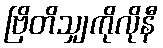
ဗြိတိသျှကိုလိုနီ